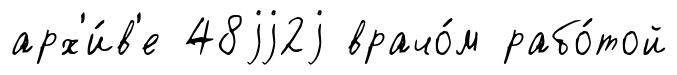
арх'и́в'е 48jj2j врачо́м рабо́той